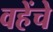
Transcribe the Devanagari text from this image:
वहेंचे